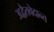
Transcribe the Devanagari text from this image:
अद्वैतवेदान्त